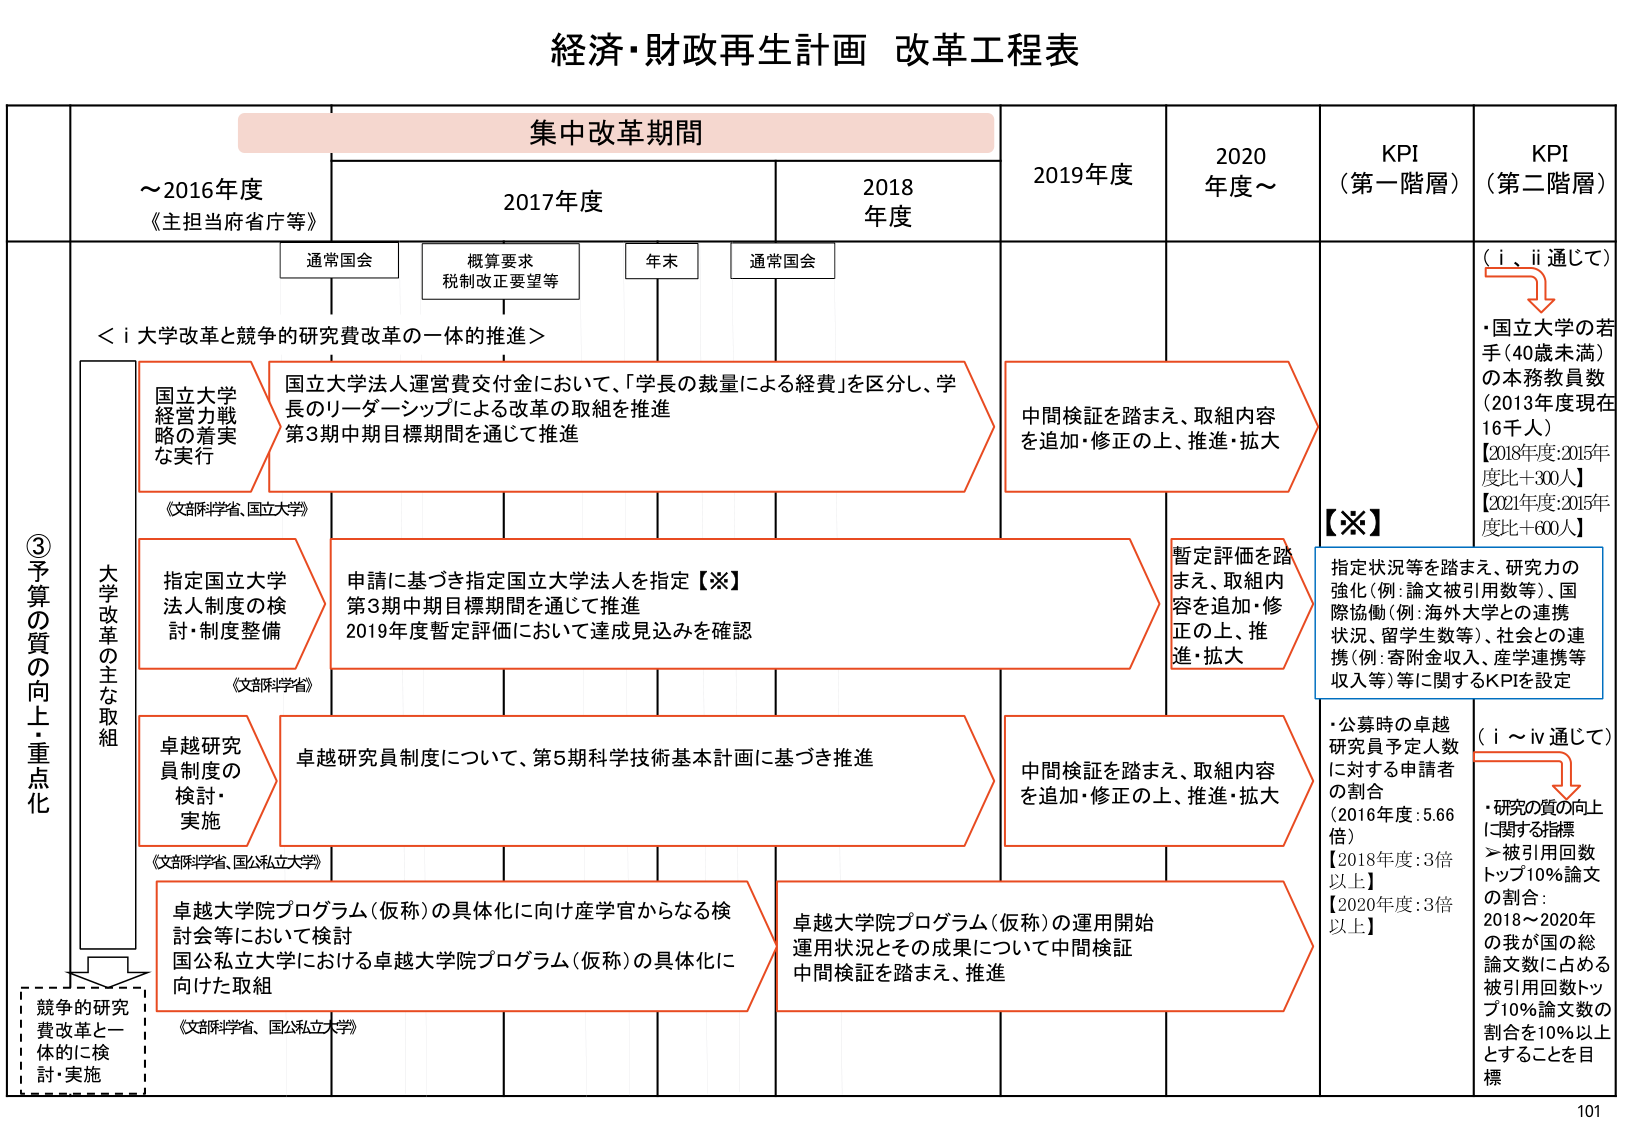
経済・財政再生計画 改革工程表

集中改革期間

～2016年度
《主担当府省庁等》

2017年度

2018年度

2019年度

2020年度～

KPI
（第一階層）

KPI
（第二階層）

通常国会

概算要求
税制改正要望等

年末

通常国会

＜i 大学改革と競争的研究費改革の一体的推進＞

③予算の質の向上・重点化

大学改革の主な取組

国立大学
経営力戦略の着実な実行

国立大学法人運営費交付金において、「学長の裁量による経費」を区分し、学長のリーダーシップによる改革の取組を推進
第3期中期目標期間を通じて推進

中間検証を踏まえ、取組内容を追加・修正の上、推進・拡大

【※】
指定状況等を踏まえ、研究力の強化（例：論文被引用数等）、国際協働（例：海外大学との連携状況、留学生数等）、社会との連携（例：寄附金収入、産学連携等収入等）等に関するKPIを設定

（i、ii通じて）
・国立大学の若手（40歳未満）の本務教員数（2013年度現在16千人）
【2018年度：2015年度比＋300人】
【2021年度：2015年度比＋600人】

指定国立大学法人制度の検討・制度整備

申請に基づき指定国立大学法人を指定【※】
第3期中期目標期間を通じて推進
2019年度暫定評価において達成見込みを確認

暫定評価を踏まえ、取組内容を追加・修正の上、推進・拡大

卓越研究員制度の検討・実施

卓越研究員制度について、第5期科学技術基本計画に基づき推進

中間検証を踏まえ、取組内容を追加・修正の上、推進・拡大

卓越大学院プログラム（仮称）の具体化に向け産学官からなる検討会等において検討
国公私立大学における卓越大学院プログラム（仮称）の具体化に向けた取組

卓越大学院プログラム（仮称）の運用開始
運用状況とその成果について中間検証
中間検証を踏まえ、推進

（i～iv通じて）
・研究の質の向上に関する指標
＞被引用回数トップ10%論文の割合：
2018～2020年の我が国の総論文数に占める被引用回数トップ10%論文数の割合を10%以上とすることを目標

・公募時の卓越研究員予定人数に対する申請者の割合
（2016年度：5.66倍）
【2018年度：3倍以上】
【2020年度：3倍以上】

競争的研究費改革と一体的に検討・実施

《文部科学省、国立大学》

《文部科学省》

《文部科学省、国公私立大学》

《文部科学省、国公私立大学》

101